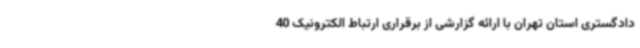
دادگستری استان تهران با ارائه گزارشی از برقراری ارتباط الکترونیک 40